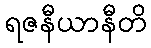
ရဇနီယာနီတိ